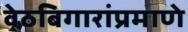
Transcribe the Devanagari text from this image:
वेठबिगारांप्रमाणे